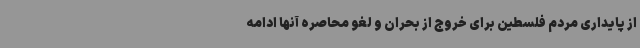
از پایداری مردم فلسطین برای خروج از بحران و لغو محاصره آنها ادامه